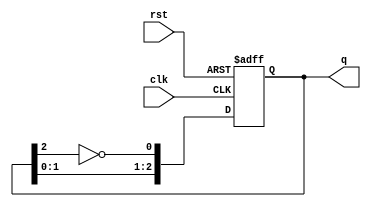
module johnson_counter #(parameter N = 3) (
    input wire clk,             // Clock signal
    input wire rst,             // Reset signal
    output reg [N-1:0] q        // Output state
);

// Internal signal for feedback
wire feedback;

// Feedback is the inverted output of the last flip-flop
assign feedback = ~q[N-1];

// Sequential logic for the Johnson counter
always @(posedge clk or posedge rst) begin
    if (rst) begin
        // Initialize counter to 0 on reset
        q <= 0;
    end else begin
        // Shift the state and apply feedback
        q <= {q[N-2:0], feedback};
    end
end

endmodule